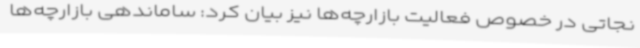
نجاتی در خصوص فعالیت بازارچه‌ها نیز بیان کرد: ساماندهی بازارچه‌ها